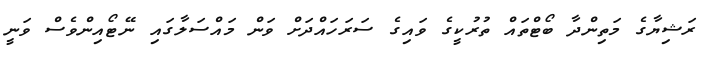
ރަޝިޔާގެ މަތިންދާ ބޯޓްތައް ތުރުކީގެ ވައިގެ ސަރަހައްދަށް ވަން މައްސަލާގައި ނޭޓޯއިންވެސް ވަނީ